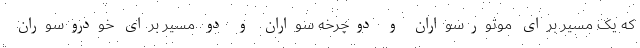
که یک مسیر برای موتورسواران و دوچرخه سواران و دو مسیر برای خودروسوران